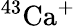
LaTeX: ^{43}\mathrm{{Ca}^{+}}